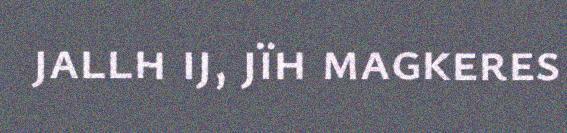
jallh ij, jïh magkeres